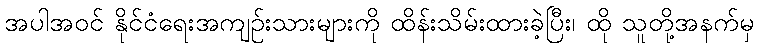
အပါအဝင် နိုင်ငံရေးအကျဉ်းသားများကို ထိန်းသိမ်းထားခဲ့ပြီး၊ ထို သူတို့အနက်မှ